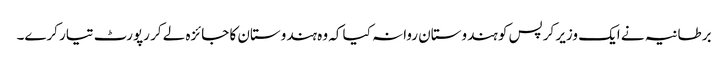
برطانیہ نے ایک وزیر کرپس کو ہندوستان روانہ کیا کہ وہ ہندوستان کا جائزہ لے کر رپورٹ تیار کرے۔